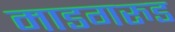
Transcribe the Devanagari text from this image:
माडगरुड